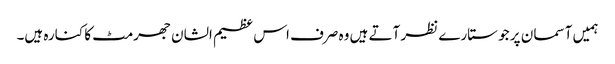
ہمیں آسما ن پر جو ستارے نظر آتے ہیں وہ صرف اس عظیم الشان جھرمٹ کا کنارہ ہیں۔